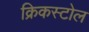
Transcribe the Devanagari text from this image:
क्रिकस्टोल